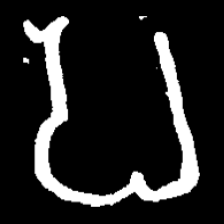
Pyu character \u2014 Myanmar letter: ပ (romanized: pa)